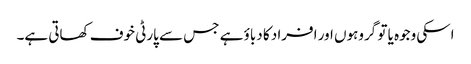
اسکی وجوہ یا تو گروہوں اور افراد کا دباؤ ہے جس سے پارٹی خوف کھاتی ہے۔